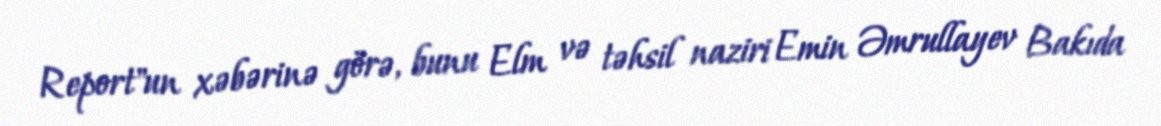
Report"un xəbərinə görə, bunu Elm və təhsil naziri Emin Əmrullayev Bakıda